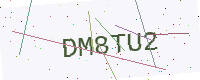
Text: DM8TU2